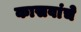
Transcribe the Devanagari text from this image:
कासवांचे